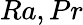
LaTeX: Ra,Pr